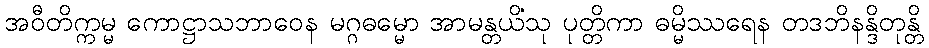
အဝီတိက္ကမ္မ ကောဋ္ဌာသဘာဝေန မဂ္ဂဓမ္မော အာမန္တယိံသု ပုတ္တိကာ ဓမ္မိဿရေန တဒဘိနန္ဒိတုန္တိ